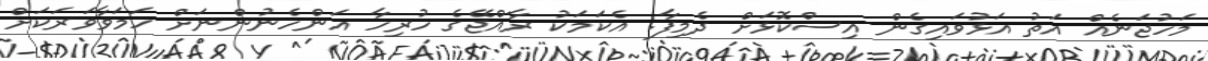
މަހުޖަނެއް އަތު އަޅުވައިގެން އިސްކޮޅަށް ދެމިފާ. އެކަމަކު ރާއްޖޭގެ ހުރިހާ އަންހެނުންނަށް ހަމަވާވަރަކަށް